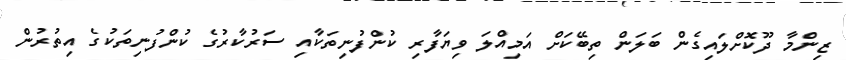
ޒިންމާ ދޫކޮށްލައިގެން ބަލަން ތިބޭކަށް އަމިއްލަ ވިޔަފާރި ކުންފުނިތަކާއި ސަރުކާރުގެ ކުންފުނިތަކުގެ އިތުރުން